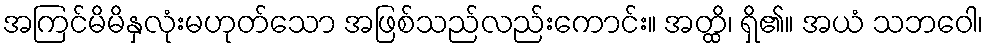
အကြင်မိမိနှလုံးမဟုတ်သော အဖြစ်သည်လည်းကောင်း။ အတ္ထိ၊ ရှိ၏။ အယံ သဘဝေါ၊